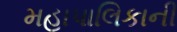
મહાપાલિકાની